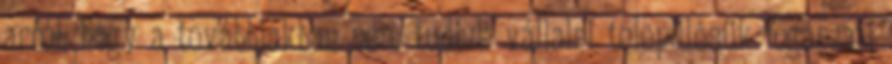
arról, hogy a továbbiakban nem tudjuk vállalni településük fogászati